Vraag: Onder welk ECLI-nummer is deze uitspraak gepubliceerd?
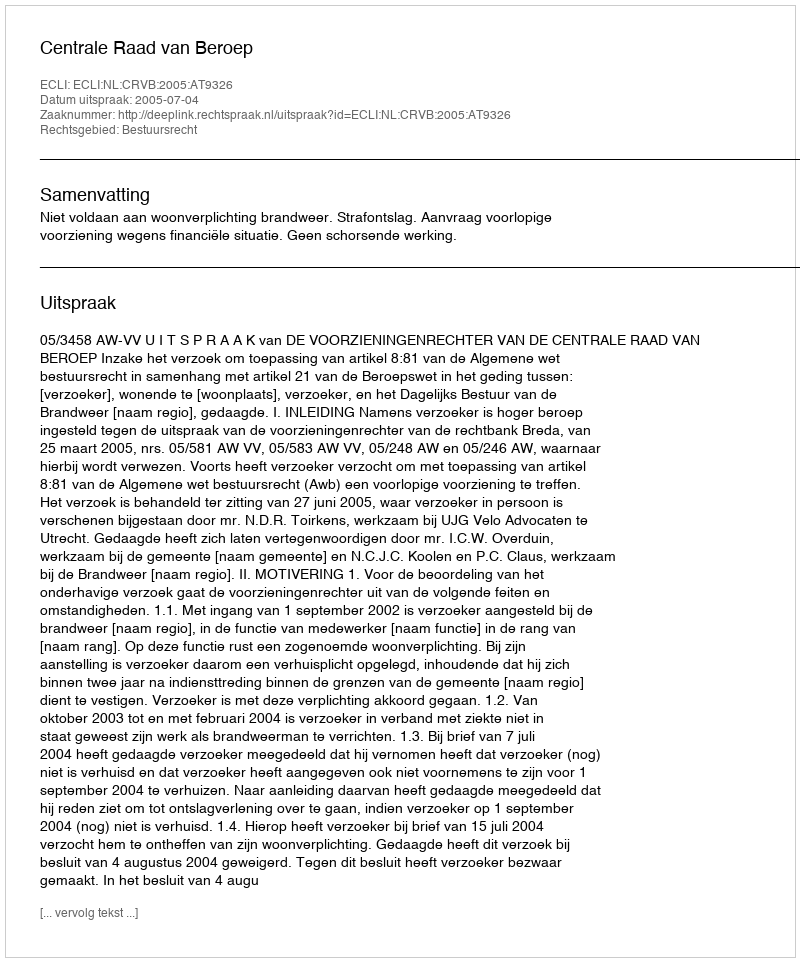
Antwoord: ECLI:NL:CRVB:2005:AT9326